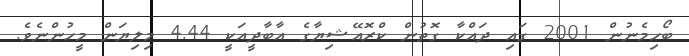
ބޯހިމެނުން 2001 ގައި ދައްކާ ގޮތުން ކްރޮއޭޝިޔާގެ އާބާދީއަކީ 4.44 މިލިޔަން މީހުންނެވެ.